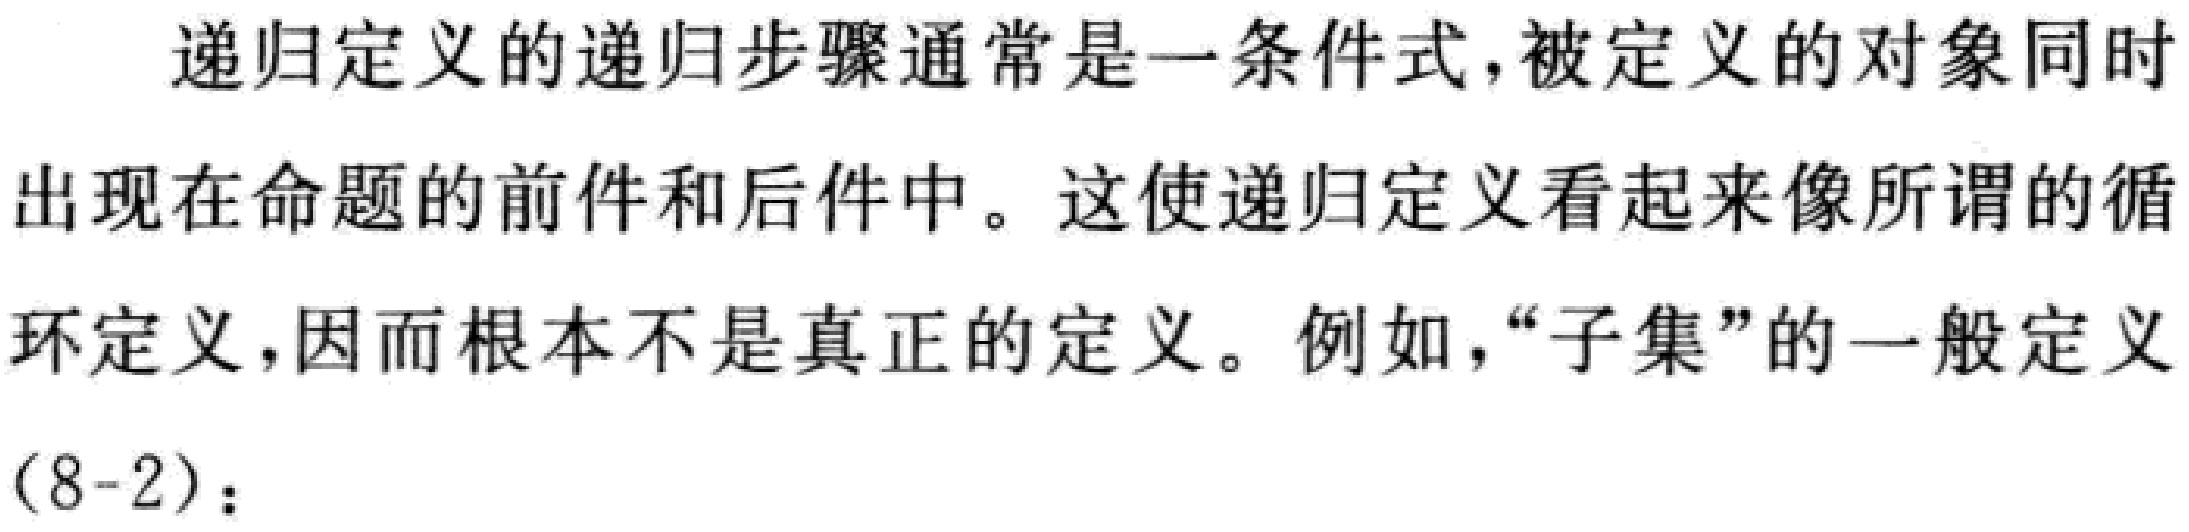
递归定义的递归步骤通常是一条件式，被定义的对象同时出现在命题的前件和后件中。这使递归定义看起来像所谓的循环定义，因而根本不是真正的定义。例如，“子集”的一般定义(8-2)：